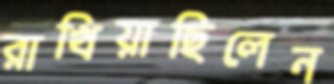
রাখিয়াছিলেন